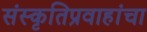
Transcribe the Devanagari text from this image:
संस्कृतिप्रवाहांचा